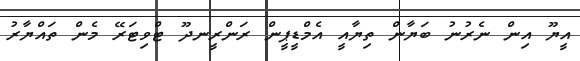
އީޔޫ އިން ނެރުނު ބަޔާން ތިޔާއީ އެމްޑީޕީން ރަންރީނދޫ ޓްވިޓަރޭ މެން ތައްޔާރު